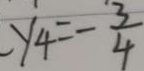
- y _ { 4 } = - \frac { 3 } { 4 }